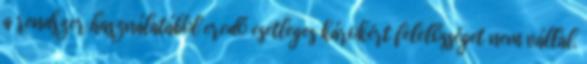
a rendszer használatából eredő esetleges károkért felelősséget nem vállal.